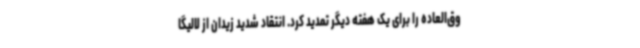
وق‌العاده را برای یک هفته دیگر تمدید کرد. انتقاد شدید زیدان از لالیگا